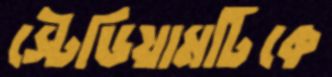
স্টেডিয়ামটিকে